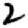
Digit: 2